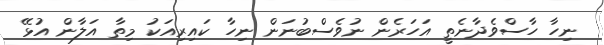
ނިހާ ހާސްވެދާނެތީ އަހަރެން ނުވެސްބުނަން ނިހާ ކައިރިއަކު މިތާ އަލާން އުޅޭ